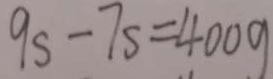
9 s - 7 s = 4 0 0 g